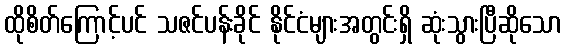
ထိုစိတ်ကြောင့်ပင် သဇင်ပန်းခိုင် နိုင်ငံများအတွင်းရှိ ဆုံးသွားပြီဆိုသော